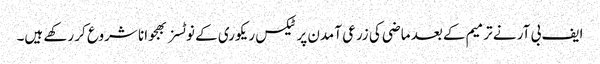
ایف بی آر نے ترمیم کے بعد ماضی کی زرعی آمدن پر ٹیکس ریکوری کے نوٹسز بھجوانا شروع کر رکھے ہیں۔